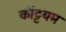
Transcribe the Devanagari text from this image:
कॉट्टयम